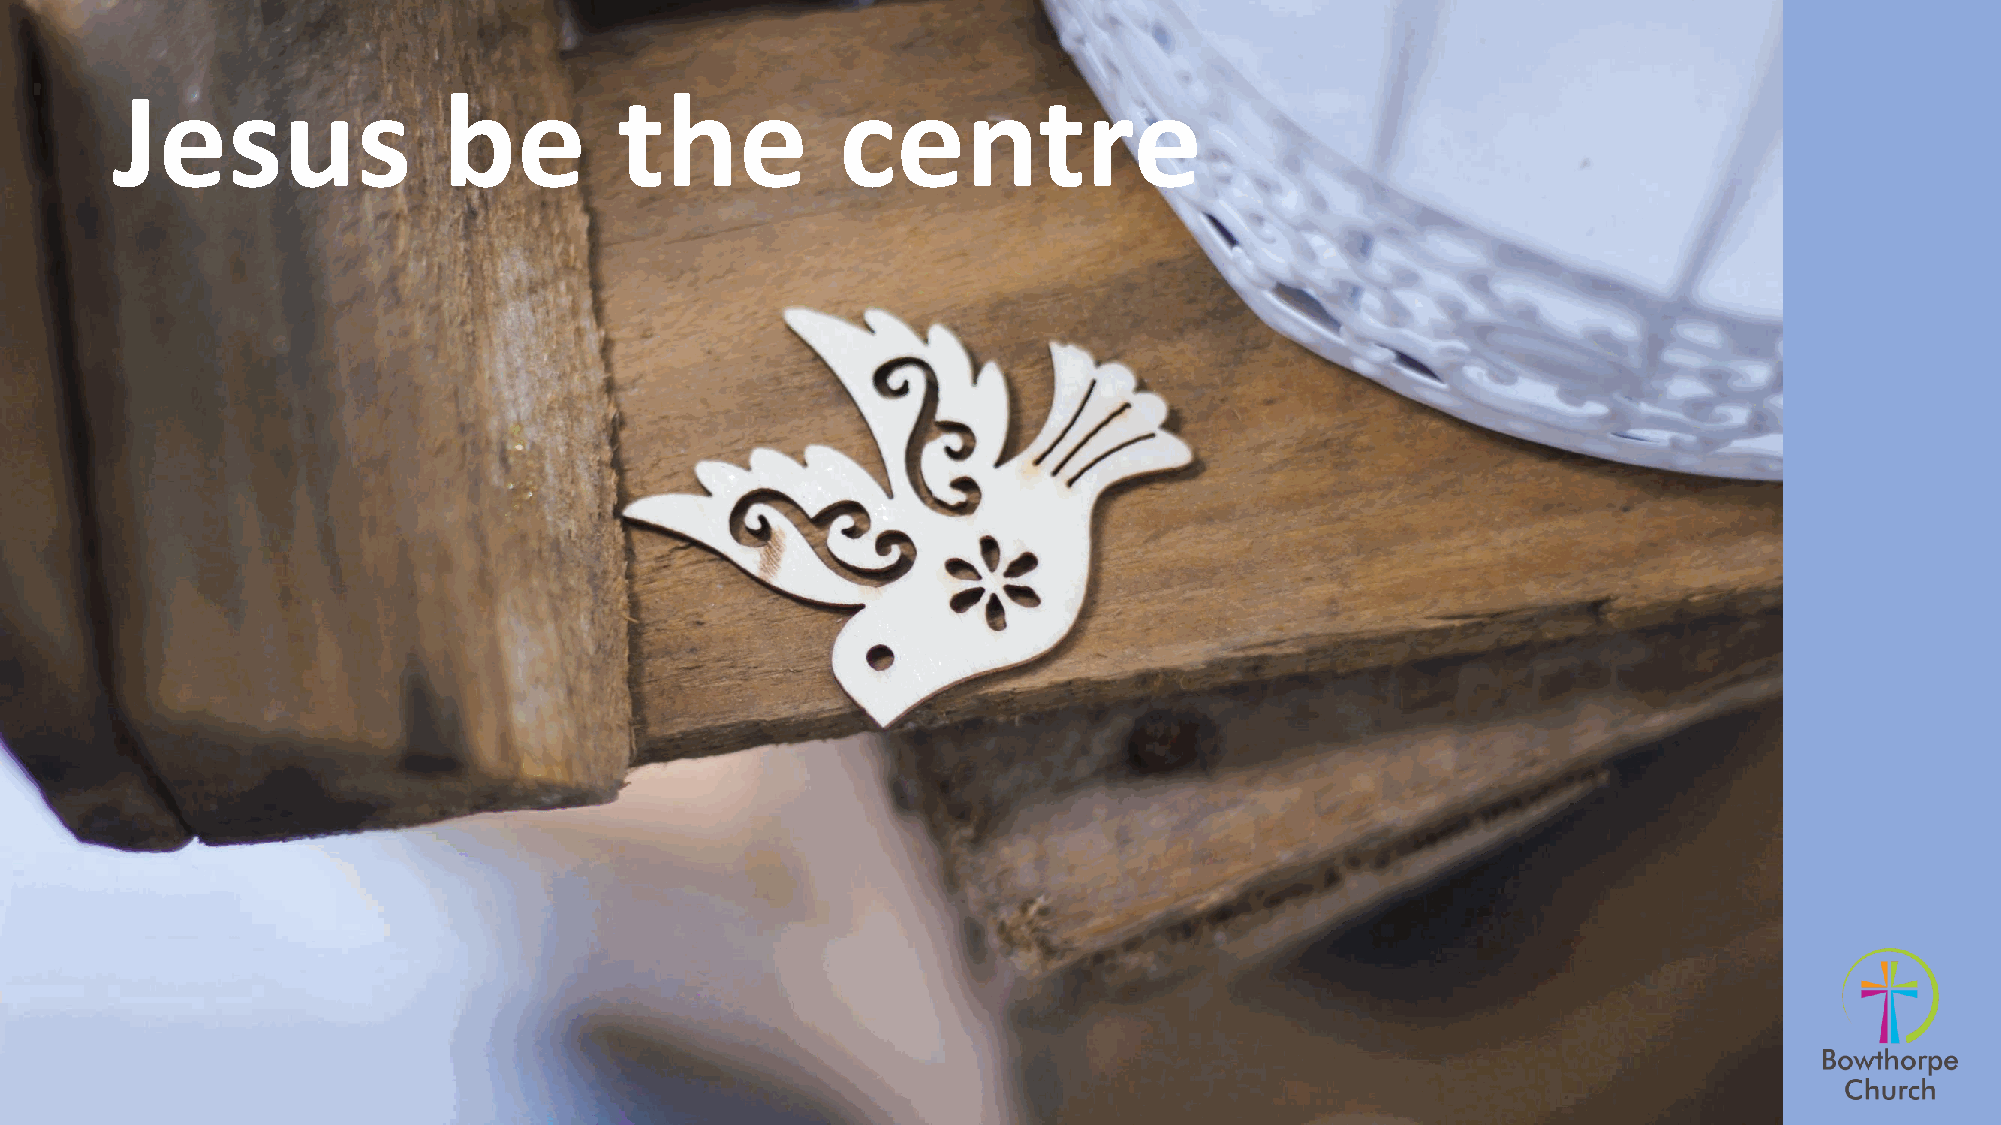
Jesus                 be          the            centre